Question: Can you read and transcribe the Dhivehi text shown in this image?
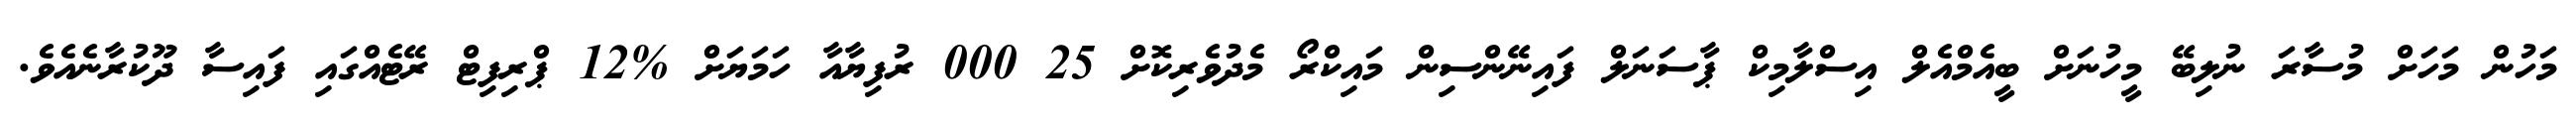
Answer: މަހުން މަހަށް މުސާރަ ނުލިބޭ މީހުނަށް ބީއެމްއެލް އިސްލާމިކް ޕާސަނަލް ފައިނޭންސިން މައިކްރޯ މެދުވެރިކޮށް 25 000 ރުފިޔާއާ ހަމަޔަށް %12 ޕްރިފިޓް ރޭޓެއްގައި ފައިސާ ދޫކުރާނެއެވެ.